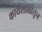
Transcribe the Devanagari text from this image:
कार्यशाळांतून